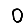
Digit: 0